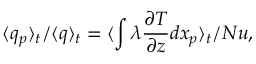
\langle q _ { p } \rangle _ { t } / \langle q \rangle _ { t } = \langle \int { \lambda \frac { \partial T } { \partial z } d x _ { p } } \rangle _ { t } / N u ,